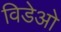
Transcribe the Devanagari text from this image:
विडेओ